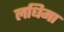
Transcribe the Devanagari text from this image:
लधिमा